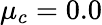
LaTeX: \mu_{c}=0.0